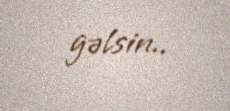
gəlsin..